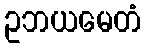
ဥဘယမေတံ